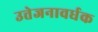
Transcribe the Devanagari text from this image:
उत्तेजनावर्धक